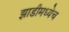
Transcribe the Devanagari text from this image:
झाडीमध्येच